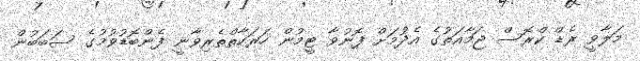
މަލާވީ ރެޑް ކްރޮސް ޖަމާއަތުގެ އެދުމަށް ފޮނުވާ ޓީމުން ހަރަކާތްތެރިވާނީ ފެންބޮޑުވުމުގެ ސަބަބުން